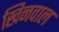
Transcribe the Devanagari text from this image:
खिनवाल